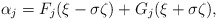
\begin{align*}\alpha_j = F_j(\xi - \sigma\zeta) + G_j(\xi + \sigma\zeta),\end{align*}